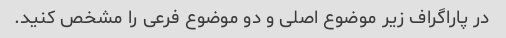
در پاراگراف زیر موضوع اصلی و دو موضوع فرعی را مشخص کنید.